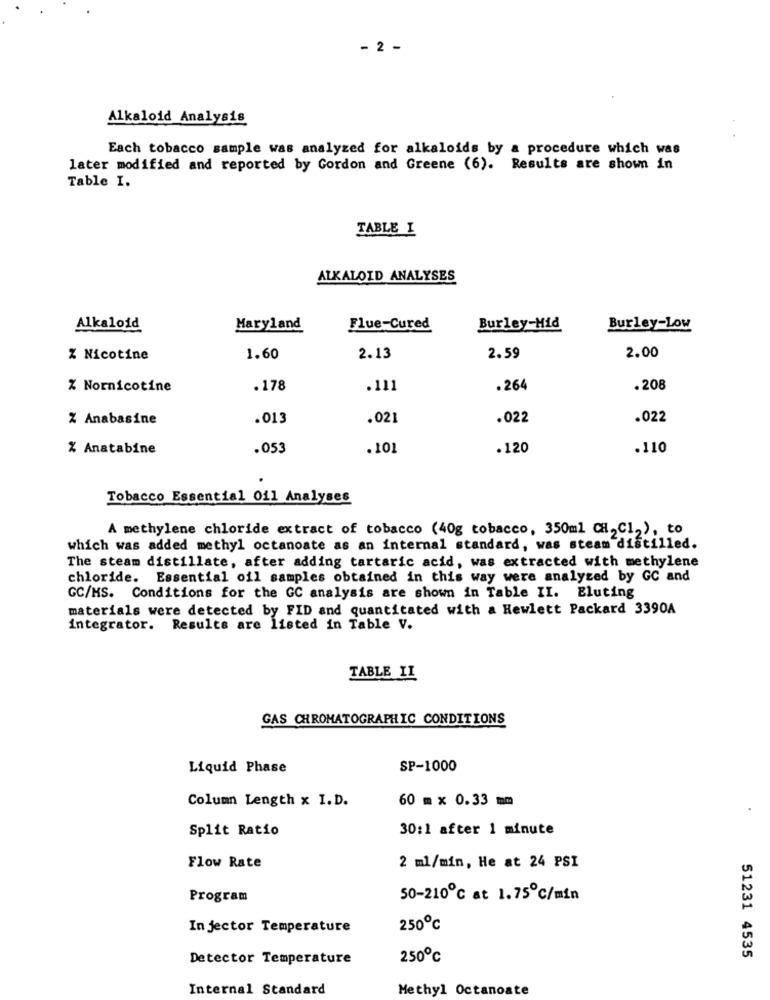
- 2 -
Alkaloid Analysis
Each tobacco sample was analyzed for alkaloids by a procedure which was
later modified and reported by Gordon and Greene (6). Results are shown in
Table I.
TABLE I
ALKALOID ANALYSES
Alkaloid
Maryland
Flue-Cured
Burley-Mid
Burley-Low
% Nicotine
1.60
2.13
2.59
2.00
% Nornicotine
.178
.111
.264
.208
% Anabasine
.013
.021
.022
.022
% Anatabine
.053
.101
.120
.110
Tobacco Essential Oil Analyses
A methylene chloride extract of tobacco (40g tobacco, 350ml CH, Cl2), to
which was added methyl octanoate as an internal standard, was steam distilled.
The steam distillate, after adding tartaric acid, was extracted with methylene
chloride. Essential oil samples obtained in this way were analyzed by GC and
GC/MS. Conditions for the GC analysis are shown in Table II. Eluting
materials were detected by FID and quantitated with a Hewlett Packard 3390A
integrator. Results are listed in Table V.
TABLE II
GAS CHROMATOGRAPHIC CONDITIONS
Liquid Phase
SP-1000
Column Length x I.D.
60 m x 0.33 mm
Split Ratio
30:1 after 1 minute
Flow Rate
2 ml/min, He at 24 PSI
Program
50-210℃ at 1.75℃/min
In jector Temperature
250℃
Detector Temperature
250℃
51231 4535
Internal Standard
Methyl Octanoate